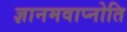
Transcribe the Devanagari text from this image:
ज्ञानमवाप्नोति